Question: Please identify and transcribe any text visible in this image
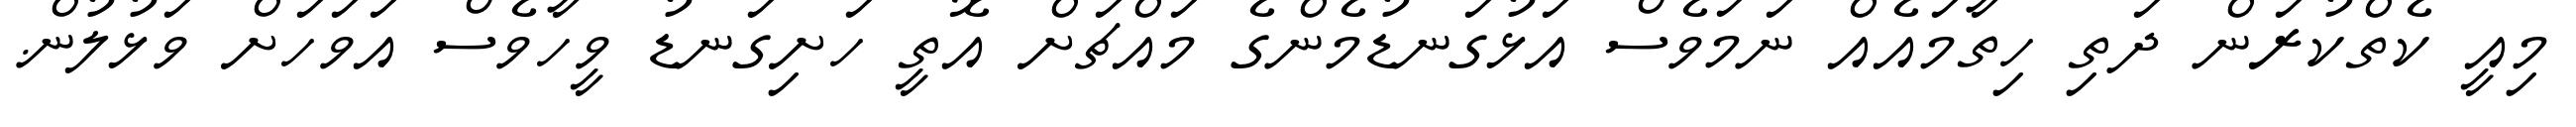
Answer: މިއީ ކެތްކުރަން ދަތި ހިތާމައެއް ނަމަވެސް އަޅުގަނޑުމެންގެ މައްޗަށް އޮތީ ހަށިގަނޑު ވީހާވެސް އަވަހަށް ވަޅުލުން.